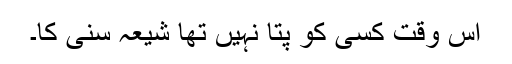
اس وقت کسی کو پتا نہیں تھا شیعہ سنی کا۔